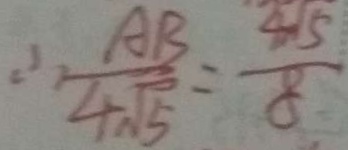
\therefore \frac { A B } { 4 \sqrt { 5 } } = \frac { 4 \sqrt { 5 } } { 8 }